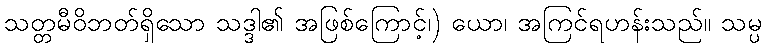
သတ္တမီဝိဘတ်ရှိသော သဒ္ဒါ၏ အဖြစ်ကြောင့်၊) ယော၊ အကြင်ရဟန်းသည်။ သမ္ပ